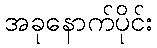
အခုနောက်ပိုင်း